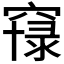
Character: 𱷐